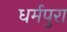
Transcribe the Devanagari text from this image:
धर्मपुरा